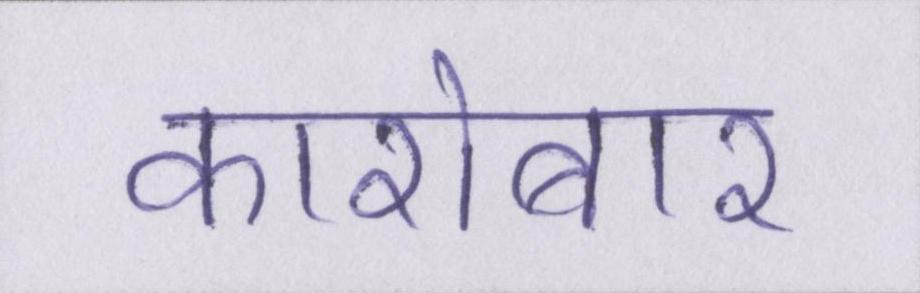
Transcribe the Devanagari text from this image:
कारोबार